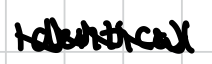
Text: identical
Cross-out: zig-zag
Writing tool: digital_black